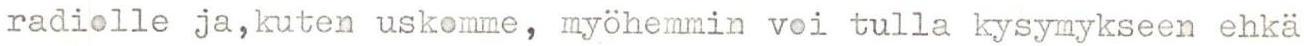
radiolle ja,kuten uskomme, myöhemmin voi tulla kysymykseen ehkä